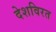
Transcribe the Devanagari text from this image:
देशविरत